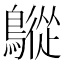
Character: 𪅜